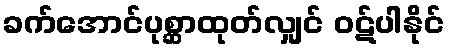
ခက်အောင်ပုစ္ဆာထုတ်လျှင် ဝဋ်ပါနိုင်